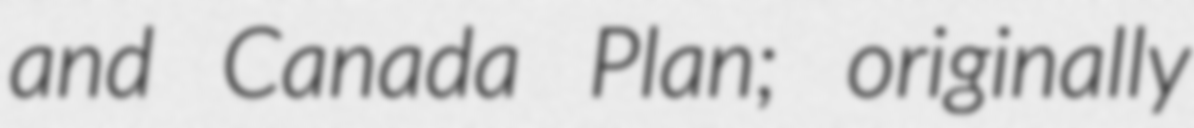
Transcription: and Canada Plan; originally